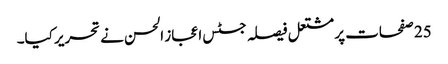
25 صفحات پر مشتعل فیصلہ جسٹس اعجاز الحسن نے تحریر کیا۔